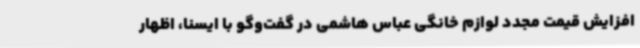
افزایش قیمت مجدد لوازم خانگی عباس هاشمی در گفت‌وگو با ایسنا، اظهار